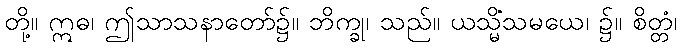
တို့။ ဣဓ၊ ဤသာသနာတော်၌။ ဘိက္ခု၊ သည်။ ယသ္မိံသမယေ၊ ၌။ စိတ္တံ၊